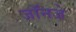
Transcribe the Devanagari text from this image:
जॉनजे